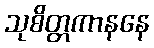
သုစိတ္တကာနနေ